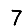
Digit: 7